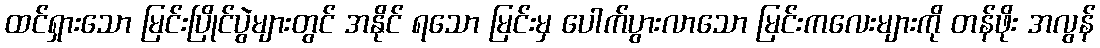
ထင်ရှားသော မြင်းပြိုင်ပွဲများတွင် အနိုင် ရသော မြင်းမှ ပေါက်ပွားလာသော မြင်းကလေးများကို တန်ဖိုး အလွန်